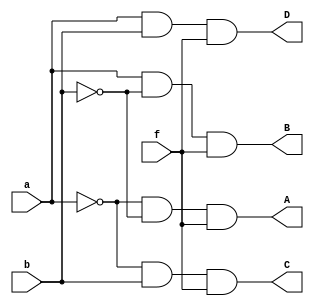
`timescale 1ns / 1ps

module dm(
    input a, b, f,
    output A, B, C, D
);

assign A = ~a & ~b & f;
assign B = a & ~b & f;
assign C = ~a & b & f;
assign D = a & b & f;

endmodule